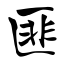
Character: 匪